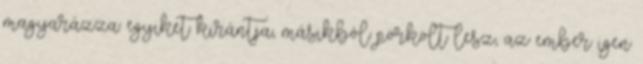
magyarázza: egyiket kirántja, másikból pörkölt lesz, az ember igen